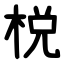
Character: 棁